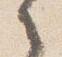
之